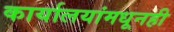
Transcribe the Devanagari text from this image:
कार्यालयांमधूनही